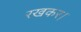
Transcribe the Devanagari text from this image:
रखकर।